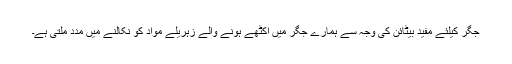
جگر کیلئے مفید بیٹائن کی وجہ سے ہمارے جگر میں اکٹھے ہونے والے زہریلے مواد کو نکالنے میں مدد ملتی ہے۔